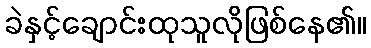
ခဲနှင့်ချောင်းထုသူလိုဖြစ်နေ၏။